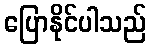
ပြောနိုင်ပါသည်